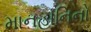
માનહાનિનો